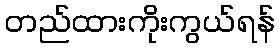
တည်ထားကိုးကွယ်ရန်